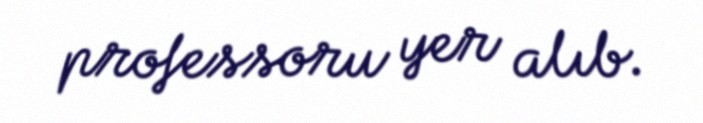
professoru yer alıb.